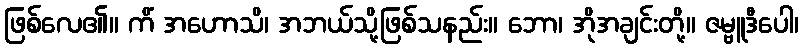
ဖြစ်လေ၏။ ကိံ အဟောသိ၊ အဘယ်သို့ဖြစ်သနည်း။ ဘော၊ အိုအချင်းတို့။ ဇမ္ဗူဒီပေါ၊